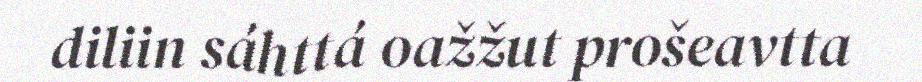
diliin sáhttá oažžut prošeavtta